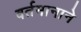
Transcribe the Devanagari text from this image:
वर्तमानाने